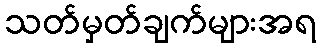
သတ်မှတ်ချက်များအရ